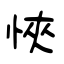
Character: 悏